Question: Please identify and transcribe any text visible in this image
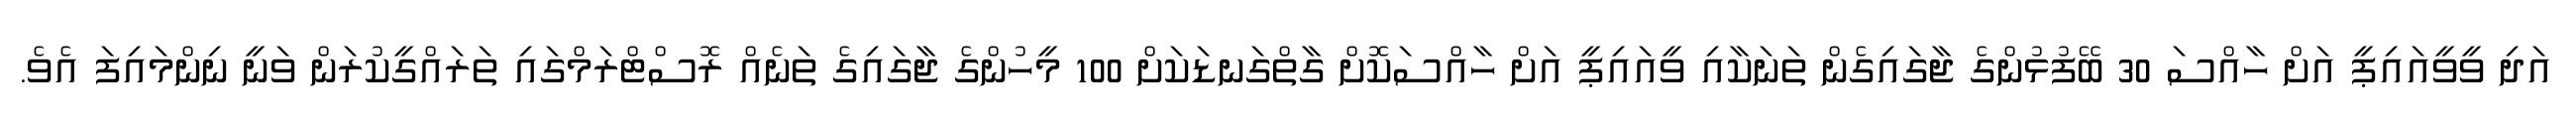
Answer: އަދި ވީވީއައިޕީ އަށް ހާއްސަ 30 ބޭފުޅުންގެ ޖާގައިގެން ތަނަކާއި ވީއައިޕީ އަށް ހާއްސަކޮށް ގާތްގަނޑަކަށް 100 މީހުންގެ ޖާގައިގެ ތަނެއް ރޮސްޓްރަމްގައި ތަރައްގީކުރަން ވަނީ ނިންމައިފަ އެވެ.